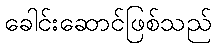
ခေါင်းဆောင်ဖြစ်သည်